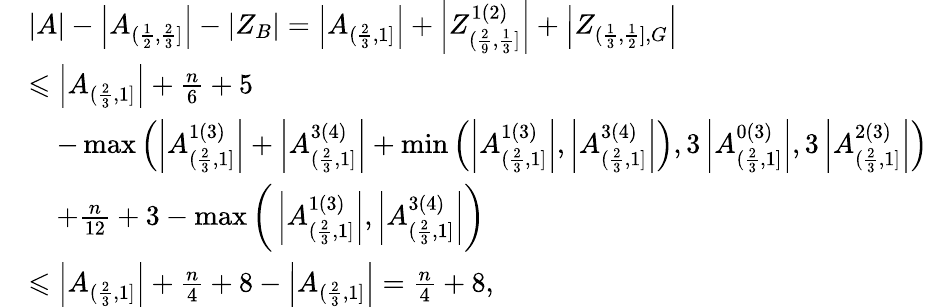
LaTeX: \begin{array}{rl}&{|A|-\left|A_{(\frac{1}{2},\frac{2}{3}]}\right|-|Z_{B}|=\left|A_{(\frac{2}{3},1]}\right|+\left|Z_{(\frac{2}{9},\frac{1}{3}]}^{1(2)}\right|+\left|Z_{(\frac{1}{3},\frac{1}{2}],G}\right|}\\ &{\leqslant\left|A_{(\frac{2}{3},1]}\right|+\frac{n}{6}+5}\\ &{\, \, \, \, \, \, -\operatorname*{max}\left(\left|A_{(\frac{2}{3},1]}^{1(3)}\right|+\left|A_{(\frac{2}{3},1]}^{3(4)}\right|+\operatorname*{min}\left(\left|A_{(\frac{2}{3},1]}^{1(3)}\right|,\left|A_{(\frac{2}{3},1]}^{3(4)}\right|\right),3\left|A_{(\frac{2}{3},1]}^{0(3)}\right|,3\left|A_{(\frac{2}{3},1]}^{2(3)}\right|\right)}\\ &{\, \, \, \, \, \, +\frac{n}{12}+3-\operatorname*{max}\bigg(\left|A_{(\frac{2}{3},1]}^{1(3)}\right|,\left|A_{(\frac{2}{3},1]}^{3(4)}\right|\bigg)}\\ &{\leqslant\left|A_{(\frac{2}{3},1]}\right|+\frac{n}{4}+8-\left|A_{(\frac{2}{3},1]}\right|=\frac{n}{4}+8,}\end{array}